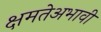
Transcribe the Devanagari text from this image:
क्षमतेअभावी